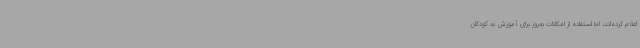
اعلام کرده‌اند، اما استفاده از امکانات به‌روز برای آموزش به کودکان